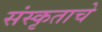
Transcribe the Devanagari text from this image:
संस्कृताचे